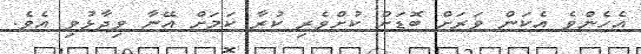
އެހެންވެ އެކަން ވަރަށް ބޮޑަށް ކުށްވެރި ކުރާ ކަމަށް އޭނާ ވިދާޅުވި އެވެ.